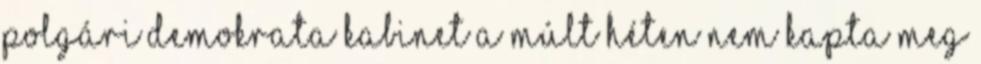
polgári demokrata kabinet a múlt héten nem kapta meg